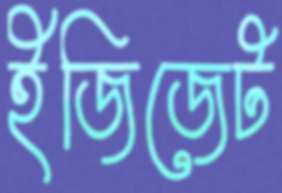
ইজিজেট